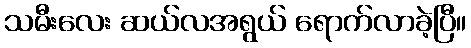
သမီးလေး ဆယ်လအရွယ် ရောက်လာခဲ့ပြီ။